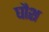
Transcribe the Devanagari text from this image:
घौश